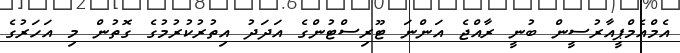
އެމްއެމްޕީއާރުސީން ބުނީ ރާއްޖެ އަންނަ ޓޫރިސްޓުންގެ އަދަދު އިތުރުކުރުމުގެ ގޮތުން މި އަހަރުގެ